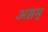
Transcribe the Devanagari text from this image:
अष्ठम्‌